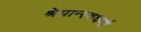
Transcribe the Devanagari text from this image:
श्रेयान्स्वधर्मो